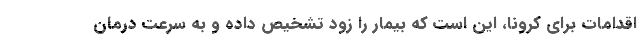
اقدامات برای کرونا، این است که بیمار را زود تشخیص داده و به سرعت درمان